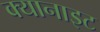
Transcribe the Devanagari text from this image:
क्यानाइट